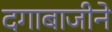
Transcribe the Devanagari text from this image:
दगाबाजीने